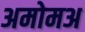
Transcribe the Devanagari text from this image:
अमोमअ